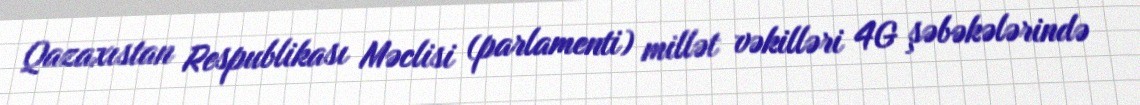
Qazaxıstan Respublikası Məclisi (parlamenti) millət vəkilləri 4G şəbəkələrində